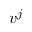
v ^ { j }